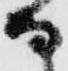
な